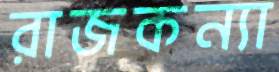
রাজকন্যা